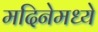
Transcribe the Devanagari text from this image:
मदिनेमध्ये